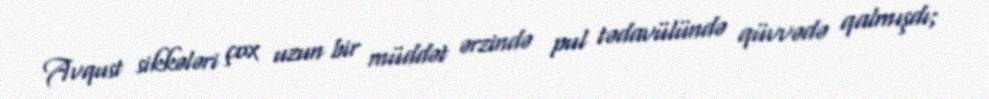
Avqust sikkələri çox uzun bir müddət ərzində pul tədavülündə qüvvədə qalmışdı;